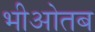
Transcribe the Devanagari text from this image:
भीओतब